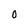
Character: 0